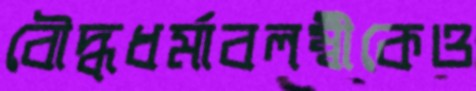
বৌদ্ধধর্মাবলম্বীকেও